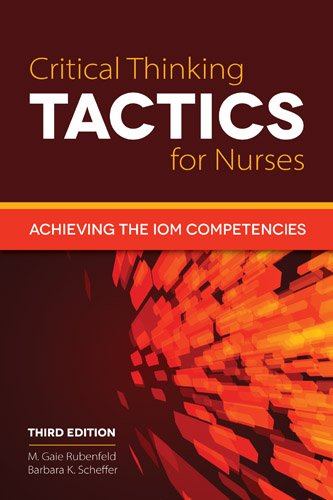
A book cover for Critical Thinking TACTICS For Nurses: Achieving the IOM Competencies; M. Gaie Rubenfeld; Medical Books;